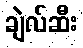
ချဲလ်ဆီး